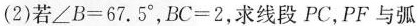
(2)若∠B=67.5°，BC=2，求线段PC，PF与弧